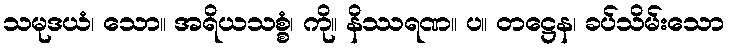
သမုဒယံ၊ သော။ အရိယသစ္စံ၊ ကို။ နိဿရဏ။ ပ။ တဋ္ဌေန၊ ခပ်သိမ်းသော